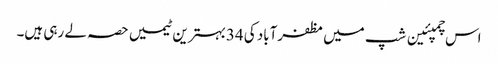
اس چمپئین شپ میں مظفرآباد کی 34بہترین ٹیمیں حصہ لے رہی ہیں۔